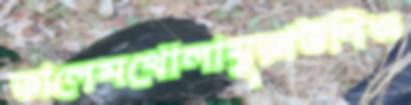
ডালেমখোলামুড়াউনিও